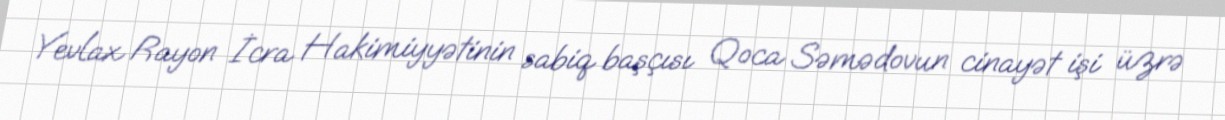
Yevlax Rayon İcra Hakimiyyətinin sabiq başçısı Qoca Səmədovun cinayət işi üzrə